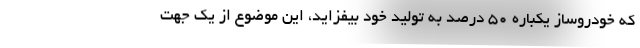
که خودروساز یکباره ۵۰ درصد به تولید خود بیفزاید، این موضوع از یک جهت